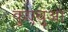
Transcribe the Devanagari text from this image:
कुएचुआ